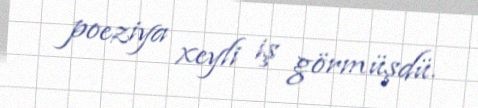
poeziya xeyli iş görmüşdü.